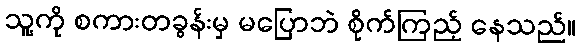
သူ့ကို စကားတခွန်းမှ မပြောဘဲ စိုက်ကြည့် နေသည်။